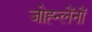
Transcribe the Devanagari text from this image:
जोह्न्लेंनों